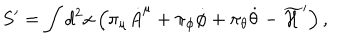
S ^ { \prime } = \int d ^ { 2 } x \left( \pi _ { \mu } { \dot { A } } ^ { \mu } + \pi _ { \phi } { \dot { \phi } } + \pi _ { \theta } { \dot { \theta } } - \widetilde { \cal H } ^ { \prime } \right) ,